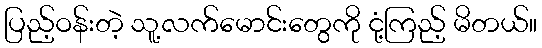
ပြည့်ဝန်းတဲ့ သူ့လက်မောင်းတွေကို ငုံ့ကြည့် မိတယ်။